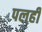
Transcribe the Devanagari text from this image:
पलही